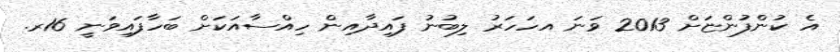
އެ ކުންފުންޏަށް 2013 ވަނަ އހަހަރު ލިބުނު ފައިދާއިން ހިއްސާއަކަށް ބަހާފައިވަނީ 16ރ.